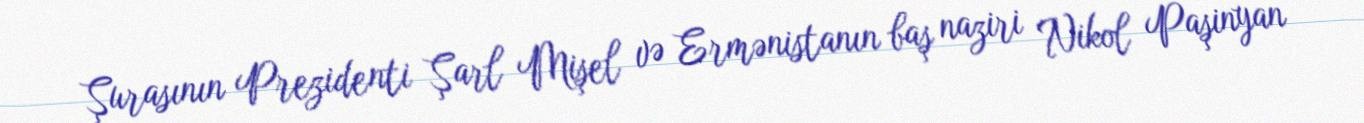
Şurasının Prezidenti Şarl Mişel və Ermənistanın baş naziri Nikol Paşinyan